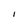
Character: I